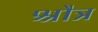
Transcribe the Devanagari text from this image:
श्रौत्र